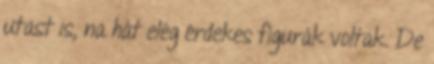
utast is, na hát elég érdekes figurák voltak. De